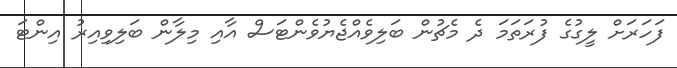
ފަހަރަށް ލީގުގެ ފުރަތަމަ ދެ މެޗުން ބަލިވެއްޖެޔުވެންޓަސް އާއި މިލާން ބަލިވިއިރު އިންޓަ